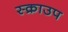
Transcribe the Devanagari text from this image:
स्क्राउप